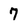
Character: 7